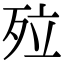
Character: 㱞